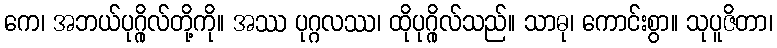
ကေ၊ အဘယ်ပုဂ္ဂိုလ်တို့ကို။ အဿ ပုဂ္ဂလဿ၊ ထိုပုဂ္ဂိုလ်သည်။ သာဓု၊ ကောင်းစွာ။ သုပူဇိတာ၊